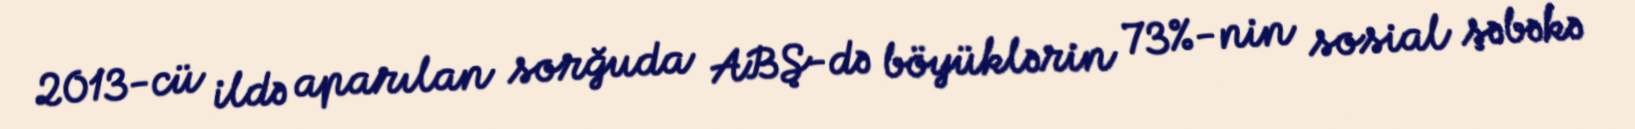
2013-cü ildə aparılan sorğuda ABŞ-də böyüklərin 73%-nin sosial şəbəkə